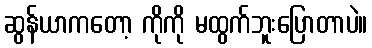
ဆွန်ယာကတော့ ကိုကို မထွက်ဘူးပြောတာပဲ။